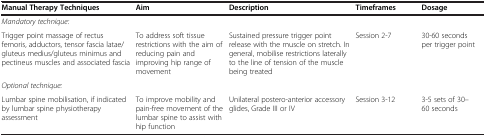
<table><thead><tr><td><b>Manual Therapy Techniques</b></td><td><b>Aim</b></td><td><b>Description</b></td><td><b>Timeframes</b></td><td><b>Dosage</b></td></tr></thead><tbody><tr><td colspan="5"><i>Mandatory technique:</i></td></tr><tr><td>Trigger point massage of rectus femoris, adductors, tensor fascia latae/gluteus medius/gluteus minimus and pectineus muscles and associated fascia</td><td>To address soft tissue restrictions with the aim of reducing pain and improving hip range of movement</td><td>Sustained pressure trigger point release with the muscle on stretch. In general, mobilise restrictions laterally to the line of tension of the muscle being treated</td><td>Session 2-7</td><td>30-60 seconds per trigger point</td></tr><tr><td colspan="5"><i>Optional technique:</i></td></tr><tr><td>Lumbar spine mobilisation, if indicated by lumbar spine physiotherapy assessment</td><td>To improve mobility and pain-free movement of the lumbar spine to assist with hip function</td><td>Unilateral postero-anterior accessory glides, Grade III or IV</td><td>Session 3-12</td><td>3-5 sets of 30–60 seconds</td></tr></tbody></table>